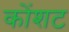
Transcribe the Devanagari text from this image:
कोंशट